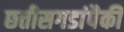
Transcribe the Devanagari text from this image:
छत्तीसगडांपैकी